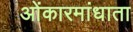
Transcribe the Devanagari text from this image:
ओंकारमांधाता